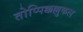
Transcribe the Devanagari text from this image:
तोप्पिक्कल्लुकल